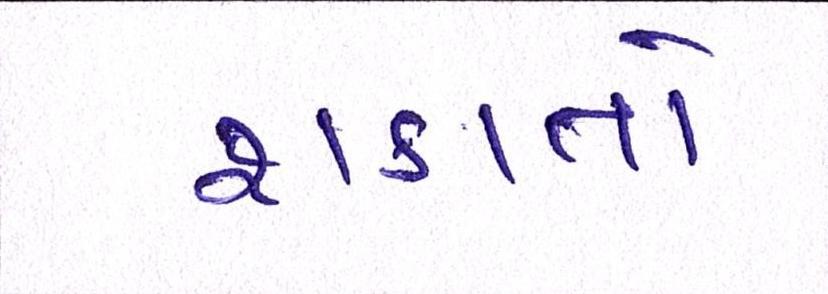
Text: શકાતો